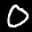
Label: 0